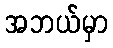
အဘယ်မှာ